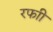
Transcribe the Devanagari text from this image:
रफाी